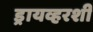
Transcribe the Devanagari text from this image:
ड्रायव्हरशी